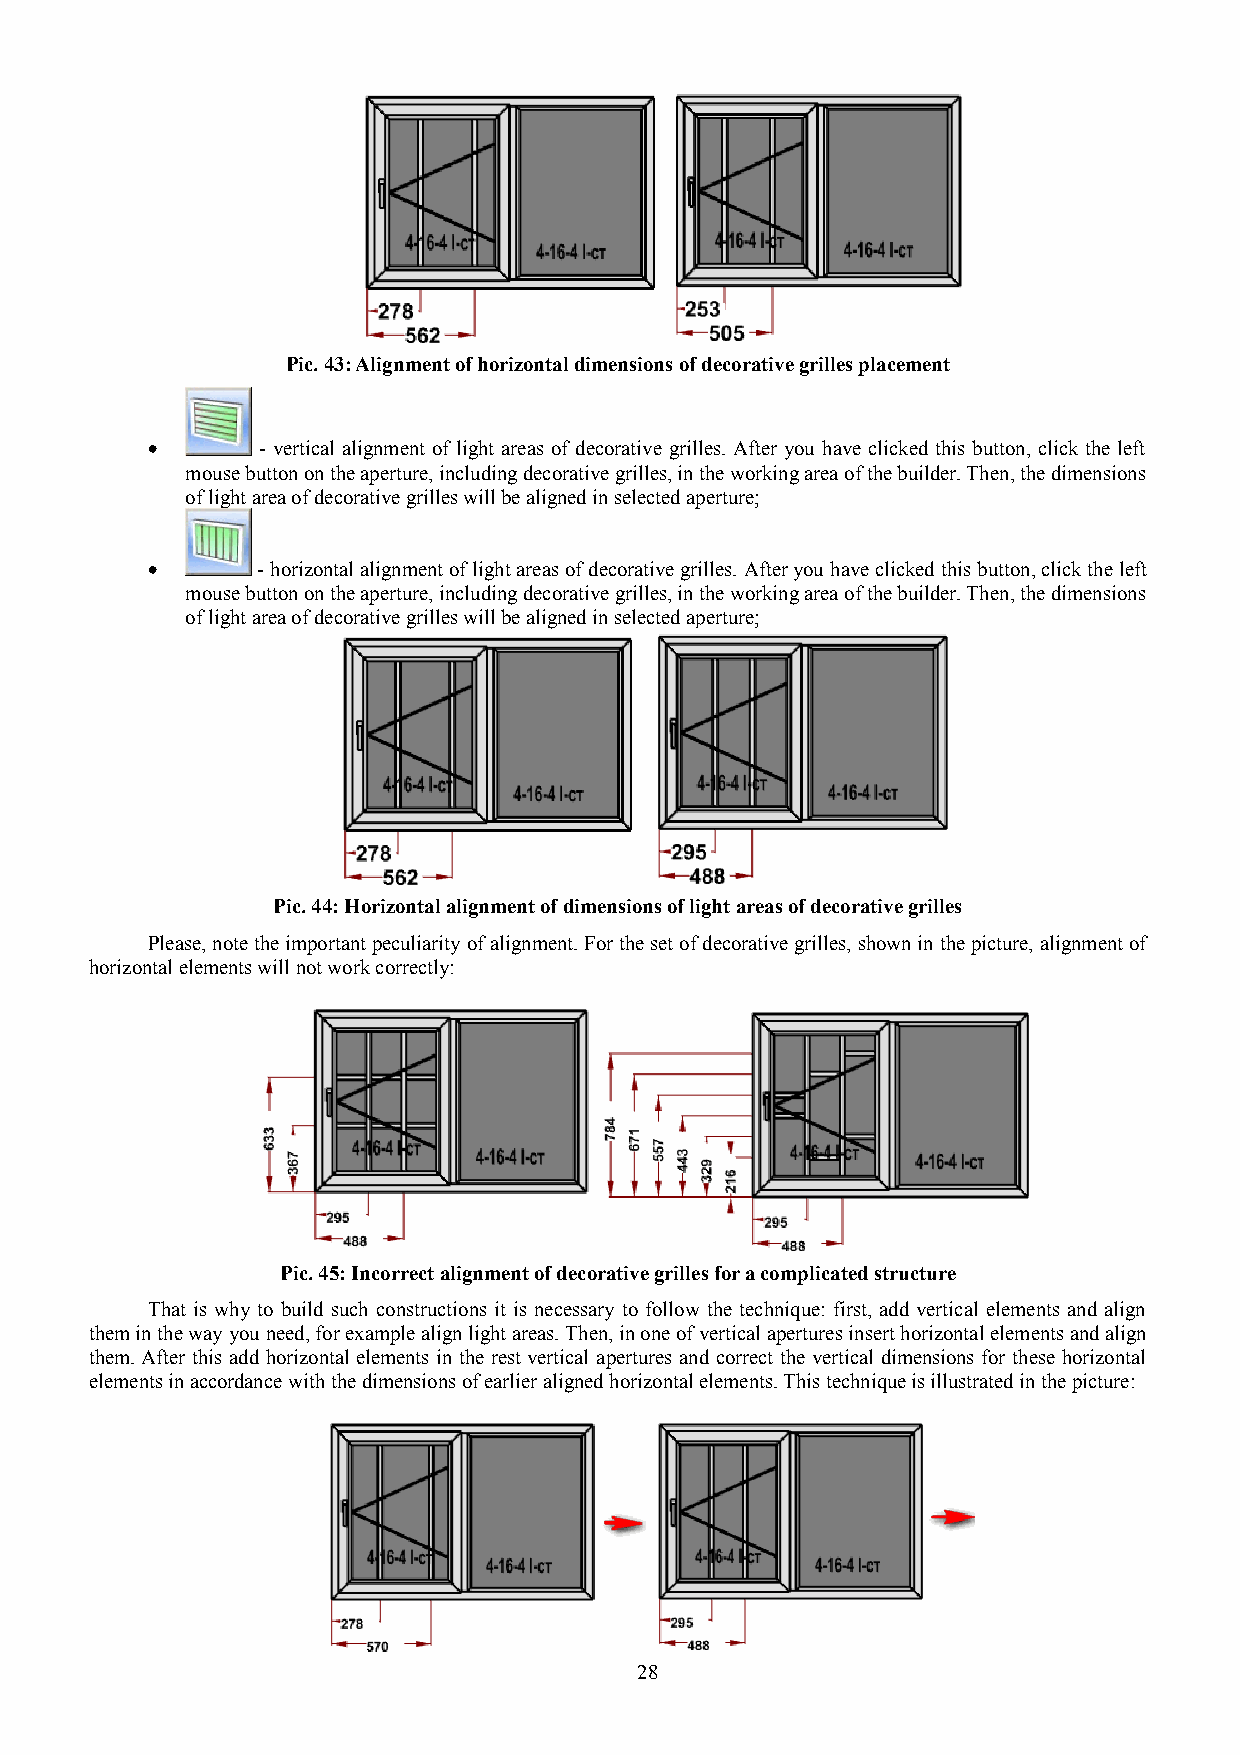
Pic. 43: Alignment of horizontal dimensions of decorative grilles placement
 •      - vertical alignment of light areas of decorative grilles. After you have clicked this button, click the left
 mouse button on the aperture, including decorative grilles, in the working area of the builder. Then, the dimensions
 of light area of decorative grilles will be aligned in selected aperture;
 •      - horizontal alignment of light areas of decorative grilles. After you have clicked this button, click the left
 mouse button on the aperture, including decorative grilles, in the working area of the builder. Then, the dimensions
 of light area of decorative grilles will be aligned in selected aperture;
 Pic. 44: Horizontal alignment of dimensions of light areas of decorative grilles
 Please, note the important peculiarity of alignment. For the set of decorative grilles, shown in the picture, alignment of
 horizontal elements will not work correctly:
 Pic. 45: Incorrect alignment of decorative grilles for a complicated structure
 That is why to build such constructions it is necessary to follow the technique: first, add vertical elements and align
 them in the way you need, for example align light areas. Then, in one of vertical apertures insert horizontal elements and align
 them. After this add horizontal elements in the rest vertical apertures and correct the vertical dimensions for these horizontal
 elements in accordance with the dimensions of earlier aligned horizontal elements. This technique is illustrated in the picture:
 28